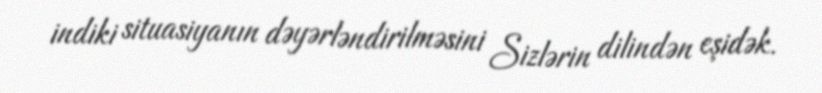
indiki situasiyanın dəyərləndirilməsini Sizlərin dilindən eşidək.